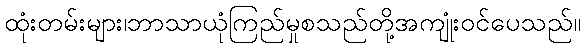
ထုံးတမ်းများ၊ဘာသာယုံကြည်မှုစသည်တို့အကျုံးဝင်ပေသည်။